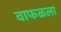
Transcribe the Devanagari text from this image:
वाफळला